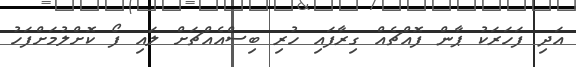
އަދި ފަހަރަކު ޕާން ފޮއްޗެއް ގިރާފައި ހުރި ބިސްއެއްޗަށް ލައި ފޯ ކޮށްލުމަށްފަހު